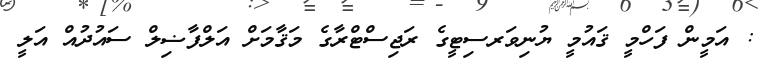
: އަމީން ފަހްމީ ޤައުމީ ޔުނިވަރސިޓީގެ ރަޖިސްޓްރާގެ މަޤާމަށް އަލްފާޟިލް ސައުދުއް އަލީ